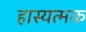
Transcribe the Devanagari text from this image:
हास्यत्मक